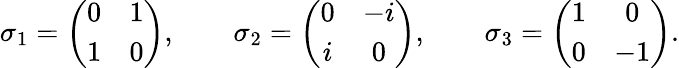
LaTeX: \sigma_{1}=\left(\begin{array}{cc}{0}&{1}\\ {1}&{0}\end{array}\right),\qquad\sigma_{2}=\left(\begin{array}{cc}{0}&{-i}\\ {i}&{0}\end{array}\right),\qquad\sigma_{3}=\left(\begin{array}{cc}{1}&{0}\\ {0}&{-1}\end{array}\right).